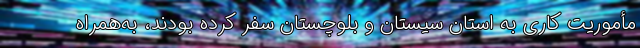
مأموریت کاری به استان سیستان و بلوچستان سفر کرده بودند، به‌همراه